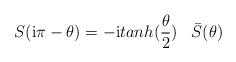
LaTeX: \begin{align*}S({\rm i} \pi - \theta) = - {\rm i} tanh(\frac{\theta}{2}) \;\;\;\bar{S} (\theta)\end{align*}